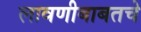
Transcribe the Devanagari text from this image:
लावणीबाबतचे